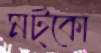
মট্‌কো